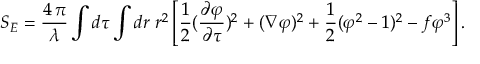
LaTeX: S _ { E } = { \frac { 4 \, \pi } { \lambda } } \int d \tau \int d r \; r ^ { 2 } \left[ { \frac { 1 } { 2 } } { ( { \frac { \partial \varphi } { \partial \tau } } ) ^ { 2 } + ( \nabla \varphi ) ^ { 2 } } + { \frac { 1 } { 2 } } ( \varphi ^ { 2 } - 1 ) ^ { 2 } - f \varphi ^ { 3 } \right] .